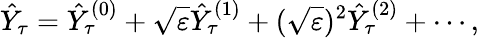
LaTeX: \hat{Y}_{\tau}=\hat{Y}_{\tau}^{(0)}+\sqrt{\varepsilon}\hat{Y}_{\tau}^{(1)}+(\sqrt{\varepsilon})^{2}\hat{Y}_{\tau}^{(2)}+\cdots,